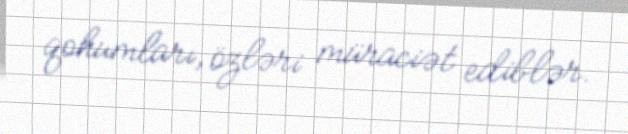
qohumları, özləri müraciət ediblər.